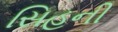
સિહની